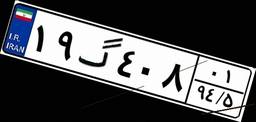
۱۹گ۴۰۸۰۱